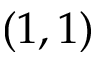
( 1 , 1 )